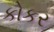
કોકર